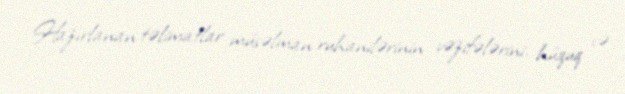
Hazırlanan təlimatlar müsəlman ruhanilərinin vəzifələrini, hüquq və